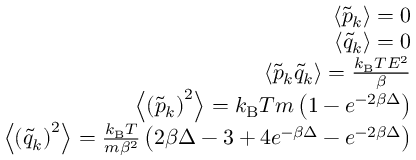
\begin{array} { r } { \left< \tilde { p } _ { k } \right> = 0 } \\ { \left< \tilde { q } _ { k } \right> = 0 } \\ { \left< \tilde { p } _ { k } \tilde { q } _ { k } \right> = \frac { k _ { \mathrm { B } } T E ^ { 2 } } { \beta } } \\ { \left< \left( \tilde { p } _ { k } \right) ^ { 2 } \right> = k _ { \mathrm { B } } T m \left( 1 - e ^ { - 2 \beta \Delta } \right) } \\ { \left< \left( \tilde { q } _ { k } \right) ^ { 2 } \right> = \frac { k _ { \mathrm { B } } T } { m \beta ^ { 2 } } \left( 2 \beta \Delta - 3 + 4 e ^ { - \beta \Delta } - e ^ { - 2 \beta \Delta } \right) } \end{array}